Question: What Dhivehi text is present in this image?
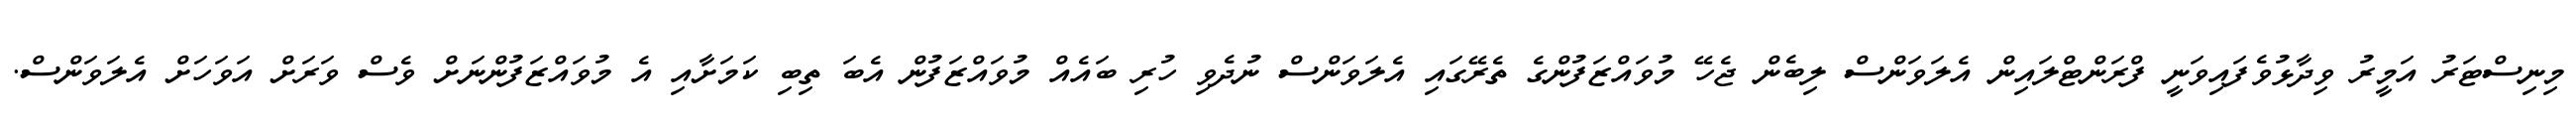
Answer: މިނިސްޓަރު އަމީރު ވިދާޅުވެފައިވަނީ ފްރަންޓްލައިން އެލަވަންސް ލިބެން ޖެހޭ މުވައްޒަފުންގެ ތެރޭގައި އެލަވަންސް ނުދެވި ހުރި ބައެއް މުވައްޒަފުން އެބަ ތިބި ކަމަށާއި އެ މުވައްޒަފުންނަށް ވެސް ވަރަށް އަވަހަށް އެލަވަންސް.